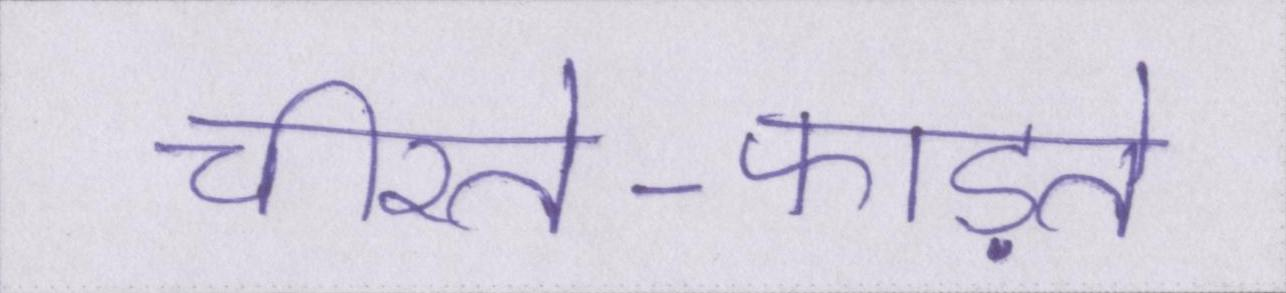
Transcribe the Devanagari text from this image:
चीरते-फाड़ते